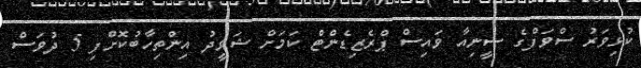
ކުޅިވަރު ސްވަފްގެ ސީނިއާ ވައިސް ޕްރެޒިޑެންޓް ކަމަށް ޝަވީދު އިންތިހާބުކޮށްފި 5 ދުވަސް